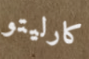
كارليتو